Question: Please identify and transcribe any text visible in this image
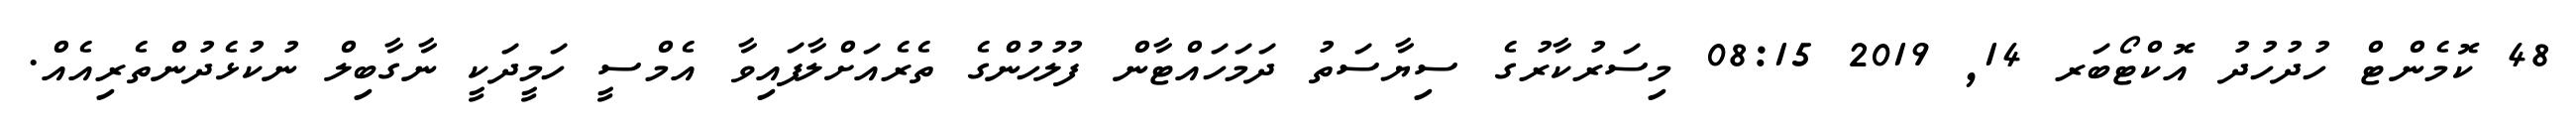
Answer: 48 ކޮމެންޓް ހުދުހުދު އޮކްޓޯބަރ 14, 2019 08:15 މިސަރުކާރުގެ ސިޔާސަތު ދަމަހައްޓާން ފުލުހުންގެ ތެރެއަށްލާފައިވާ އެމްސީ ހަމީދަކީ ނާގާބިލް ނުކުޅެދުންތެރިއެއް.